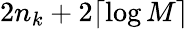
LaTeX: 2n_{k}+2\lceil\log M\rceil